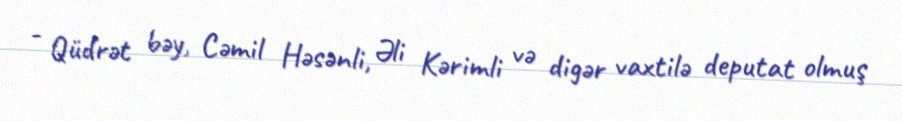
- Qüdrət bəy, Cəmil Həsənli, Əli Kərimli və digər vaxtilə deputat olmuş